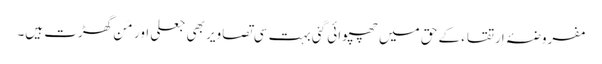
مفروضۂ اِرتقاء کے حق میں چھپوائی گئی بہت سی تصاویر بھی جعلی اور مَن گھڑت ہیں۔